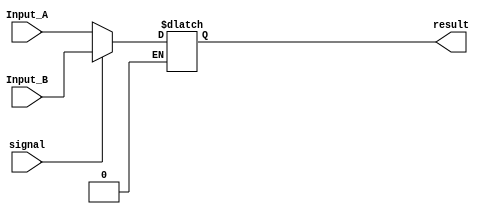
`timescale 1 ns / 1 ps  
 
module _32b_MUX (Input_A, Input_B, signal, result); 
 
input [31:0] Input_A, Input_B; 
input signal; 
 
output [31:0] result;		 
 
reg[31:0] temp; 
 
always @(Input_A or Input_B or signal) begin 
	if (signal==0) 
		temp=Input_A; 
	if (signal==1) 
		temp=Input_B; 
		 
end					 
 
assign result=temp; 
	 
 
 
endmodule